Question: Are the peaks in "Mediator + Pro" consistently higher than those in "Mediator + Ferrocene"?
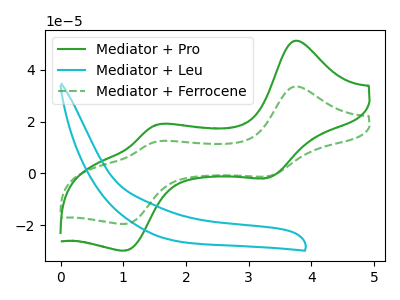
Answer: <think>The green curve "Mediator + Pro" has anodic peaks at (3.75V, 51.10uA) (1.50V, 18.60uA) and cathodic peaks at (3.30V, -1.80uA) (1.05V, -29.80uA). The cyan curve "Mediator + Leu" has no peaks. The green dashed curve "Mediator + Ferrocene" has anodic peaks at (3.75V, 33.45uA) (1.50V, 12.15uA) and cathodic peaks at (3.30V, -1.15uA) (1.05V, -19.50uA).</think>
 <answer>Every peak in "Mediator + Pro" is higher than every peak in "Mediator + Ferrocene".</answer>
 <eval>higher</eval>